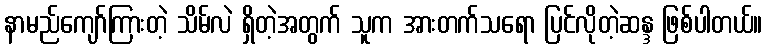
နာမည်ကျော်ကြားတဲ့ သိမ်လဲ ရှိတဲ့အတွက် သူက အားတက်သရော ပြင်လိုတဲ့ဆန္ဒ ဖြစ်ပါတယ်။